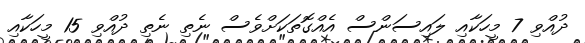
ދުއްވި 7 މީހަކާއި ލައިސަންސް އެއްގޮތަކަށްވެސް ނެތި ނެތި ދުއްވި 15 މީހަކާއި